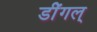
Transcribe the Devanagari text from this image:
डींगल्